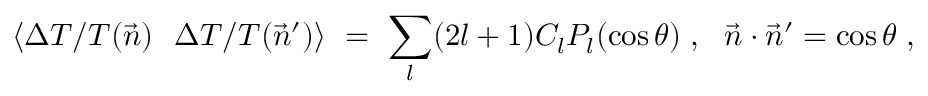
\langle \Delta T / T ( \vec { n } ) ~ ~ \Delta T / T ( \vec { n } ^ { \prime } ) \rangle ~ = ~ \sum _ { l } ( 2 l + 1 ) C _ { l } P _ { l } ( \cos \theta ) \; , ~ ~ \vec { n } \cdot \vec { n } ^ { \prime } = \cos \theta \; ,